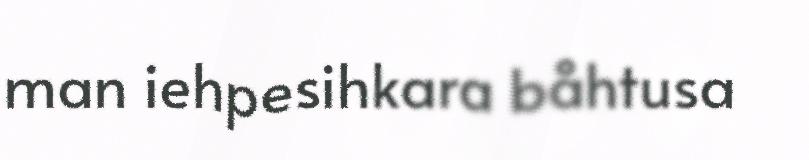
man iehpesihkara båhtusa